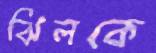
ঝিলকে